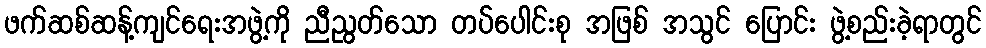
ဖက်ဆစ်ဆန့်ကျင်ရေးအဖွဲ့ကို ညီညွတ်သော တပ်ပေါင်းစု အဖြစ် အသွင် ပြောင်း ဖွဲ့စည်းခဲ့ရာတွင်